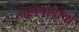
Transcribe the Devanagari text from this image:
वाममार्गांचा